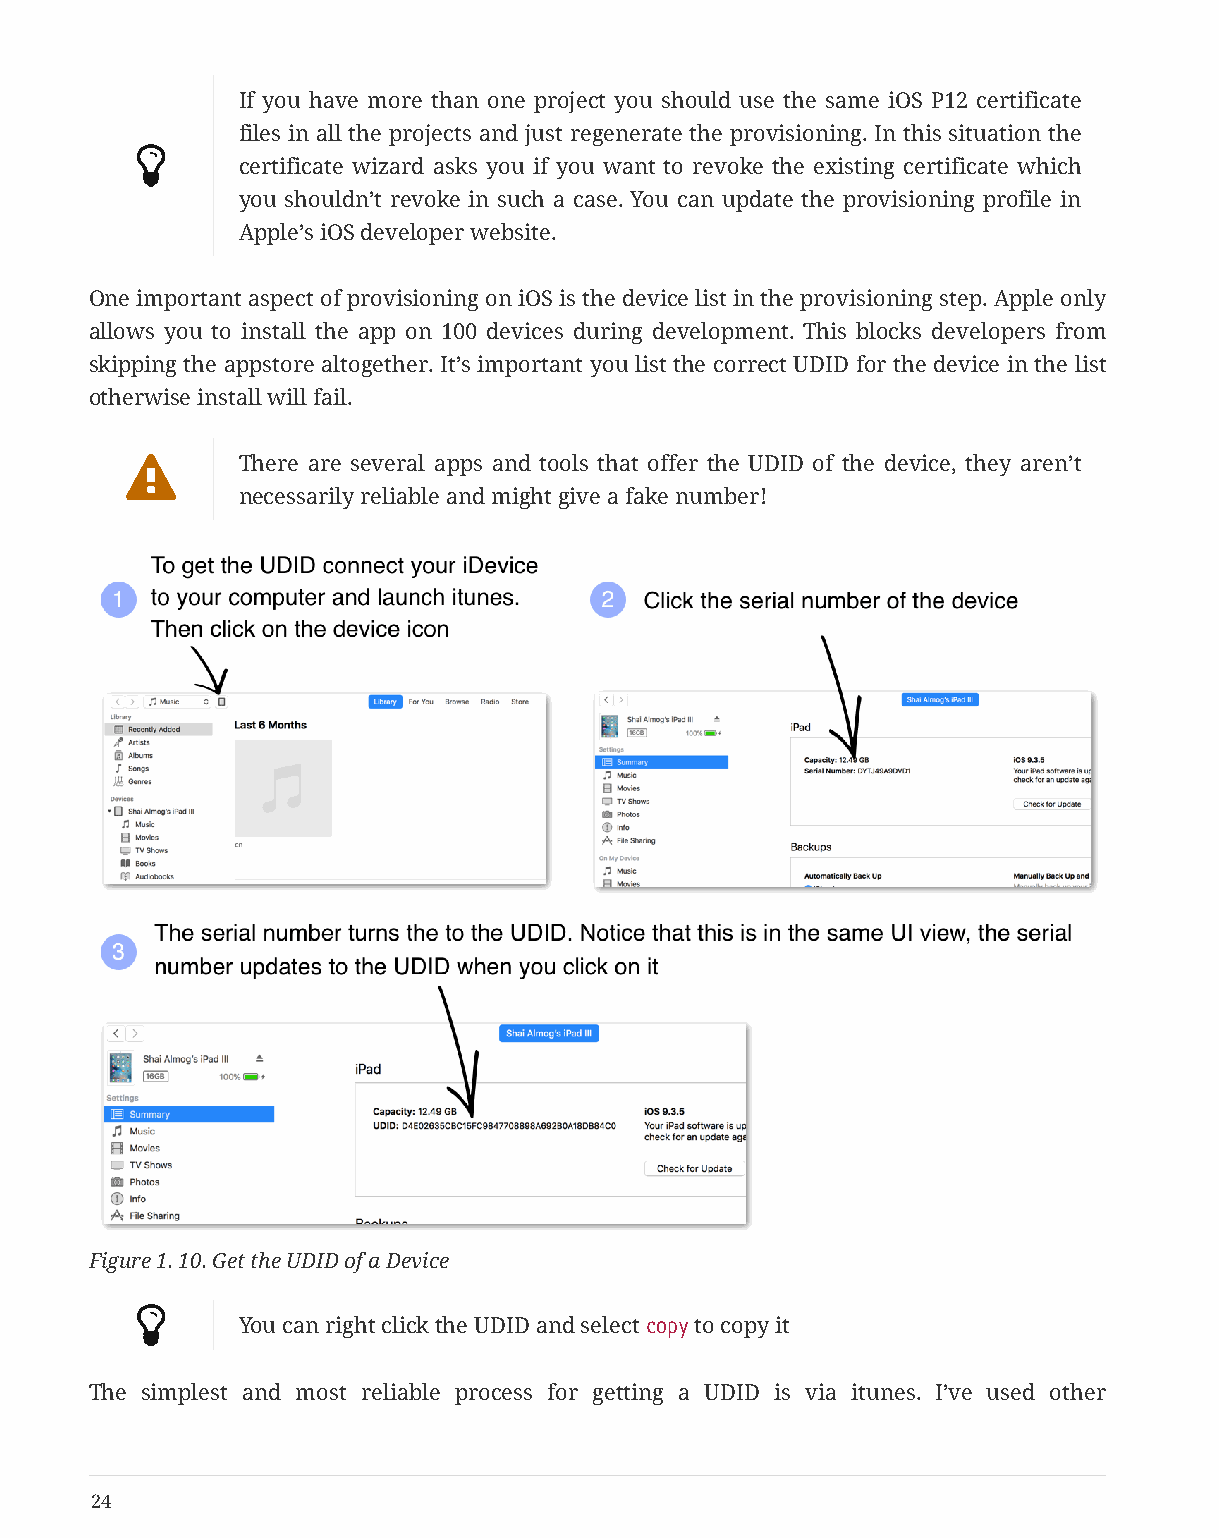
If you have more than one project you should use the same iOS P12 certificate
 files in all the projects and just regenerate the provisioning. In this situation the
 
 certificate wizard asks you if you want to revoke the existing certificate which
 you shouldn’t revoke in such a case. You can update the provisioning profile in
 Apple’s iOS developer website.
 One important aspect of provisioning on iOS is the device list in the provisioning step. Apple only
 allows you to install the app on 100 devices during development. This blocks developers from
 skipping the appstore altogether. It’s important you list the correct UDID for the device in the list
 otherwise install will fail.
        There are several apps and tools that offer the UDID of the device, they aren’t
 necessarily reliable and might give a fake number!
 Figure 1. 10. Get the UDID of a Device
 
 You can right click the UDID and select copy to copy it
 The simplest and most reliable process for getting a UDID is via itunes. I’ve used other
 24